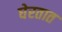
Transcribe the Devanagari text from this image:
घेरतात